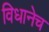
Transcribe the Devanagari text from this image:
विधानेच